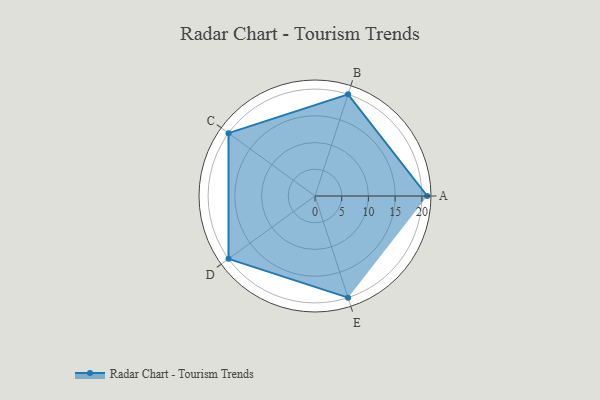
{"axis": {"x": "Skill", "y": "Score"}, "legend": ["Profile"], "data": [{"x": "A", "y": 21.0, "type": "Profile"}, {"x": "B", "y": 20, "type": "Profile"}, {"x": "C", "y": 20, "type": "Profile"}, {"x": "D", "y": 20, "type": "Profile"}, {"x": "E", "y": 20, "type": "Profile"}]}